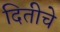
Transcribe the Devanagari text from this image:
दितीचे